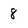
Character: 8